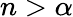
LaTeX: n>\alpha